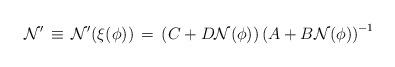
LaTeX: \begin{align*}{\cal N}^\prime \, \equiv \, {\cal N}^\prime (\xi(\phi)) \, = \, \left ( C + D {\cal N}(\phi) \right ) \left ( A +B {\cal N}(\phi)\right )^{-1}\end{align*}